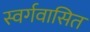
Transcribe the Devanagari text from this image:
स्वर्गवासित